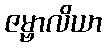
ဇမ္ဗာလိယာ